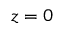
z = 0